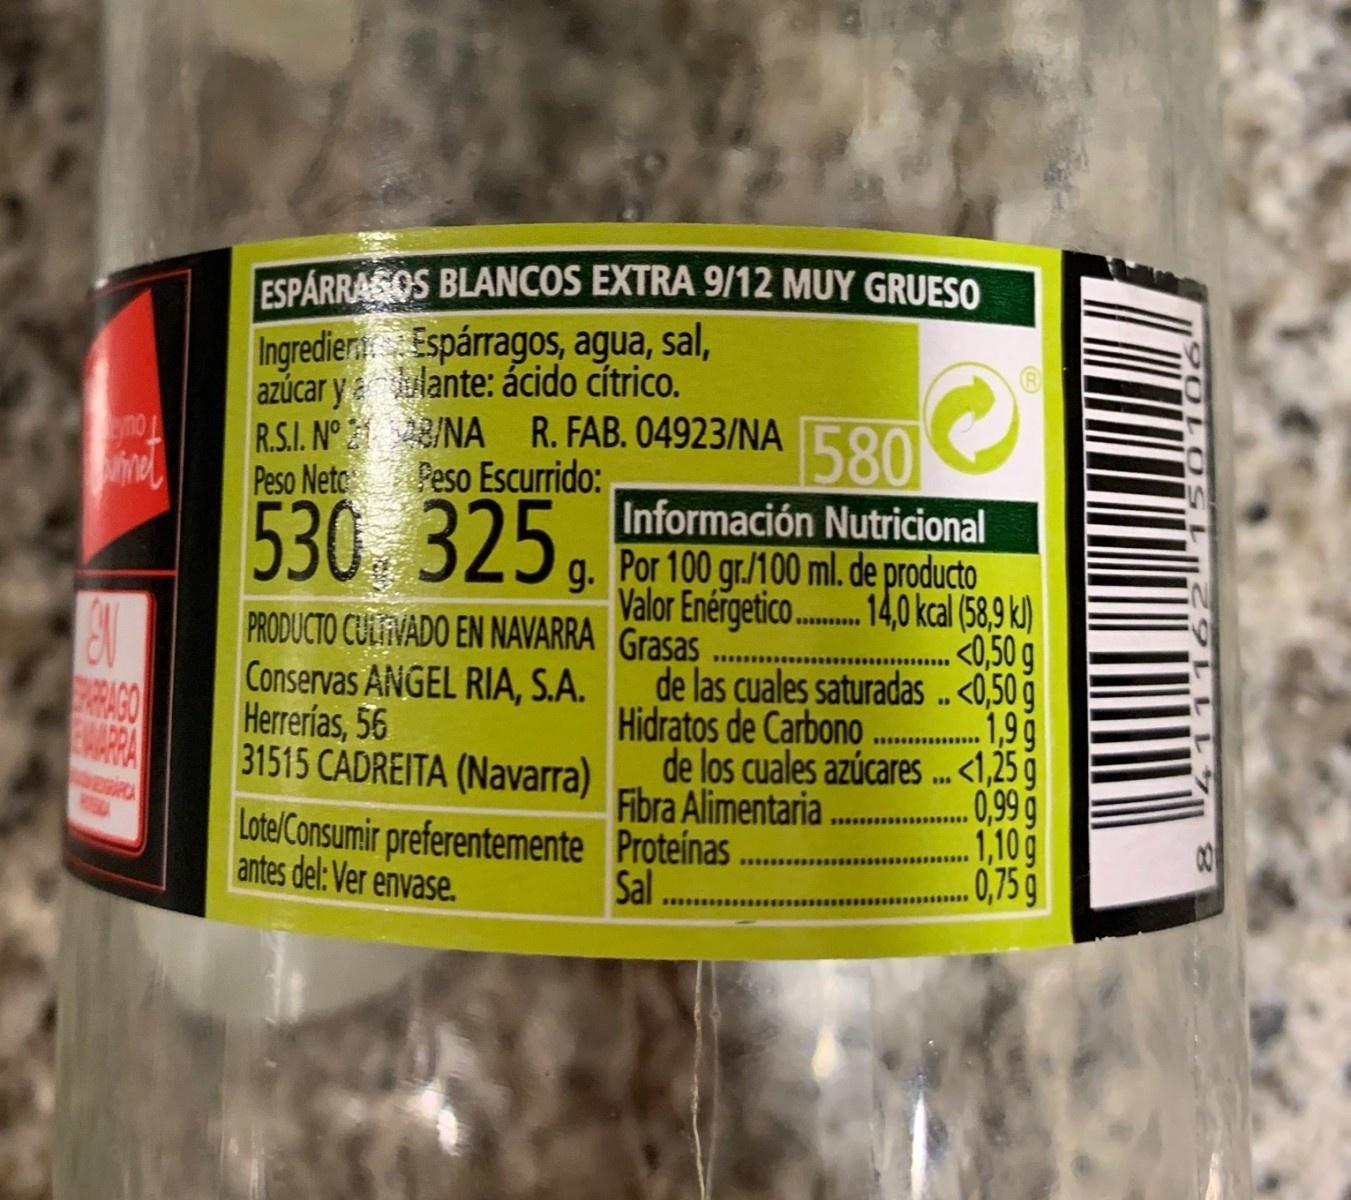
ESPÁRRASOS BLANCOS EXTRA 9/12 MUY GRUESO Ingredier Espárragos, agua, sal, azúcar ylante: ácido cítrico. Tou R.S.I. N° /NA R. FAB. 04923/NA Peso Netc Peso Escurrido: 580 Información Nutricional g. Por 100 gr./100 ml. de producto Valor Enérgetico.. 14,0 kcal (58,9 k) <0,50 g de las cuales saturadas ..<0,50 g 1,9g 530 PRODUCTO CULFIVADO EN NAVARRA Grasas Conservas ANGEL RIA, S.A. Herrerías, 56 31515 CADREITA (Navarra) Lotel Consumir preferentemente Proteinas antes del: Ver envase. RAGO EMARRA Hidratos de Carbono . de los cuales azúcares . <1,25 g .. 0,99 g 1,10g 0,75 g Fibra Alimentaria Sal.